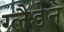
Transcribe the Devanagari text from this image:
ग्लैडेन